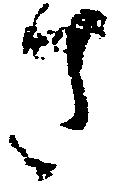
さ